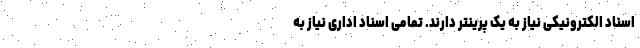
اسناد الکترونیکی نیاز به یک پرینتر دارند. تمامی اسناد اداری نیاز به